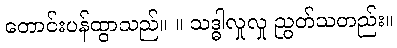
တောင်းပန်ထွာသည်။ ။ သဒ္ဓါလှုလှု ညွတ်သတည်း။